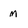
Character: m